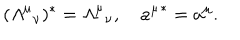
( { { \mit \Lambda } ^ { \mu } } _ { \nu } ) ^ { * } = { { \mit \Lambda } ^ { \mu } } _ { \nu } , \quad { a ^ { \mu } } ^ { * } = a ^ { \mu } .